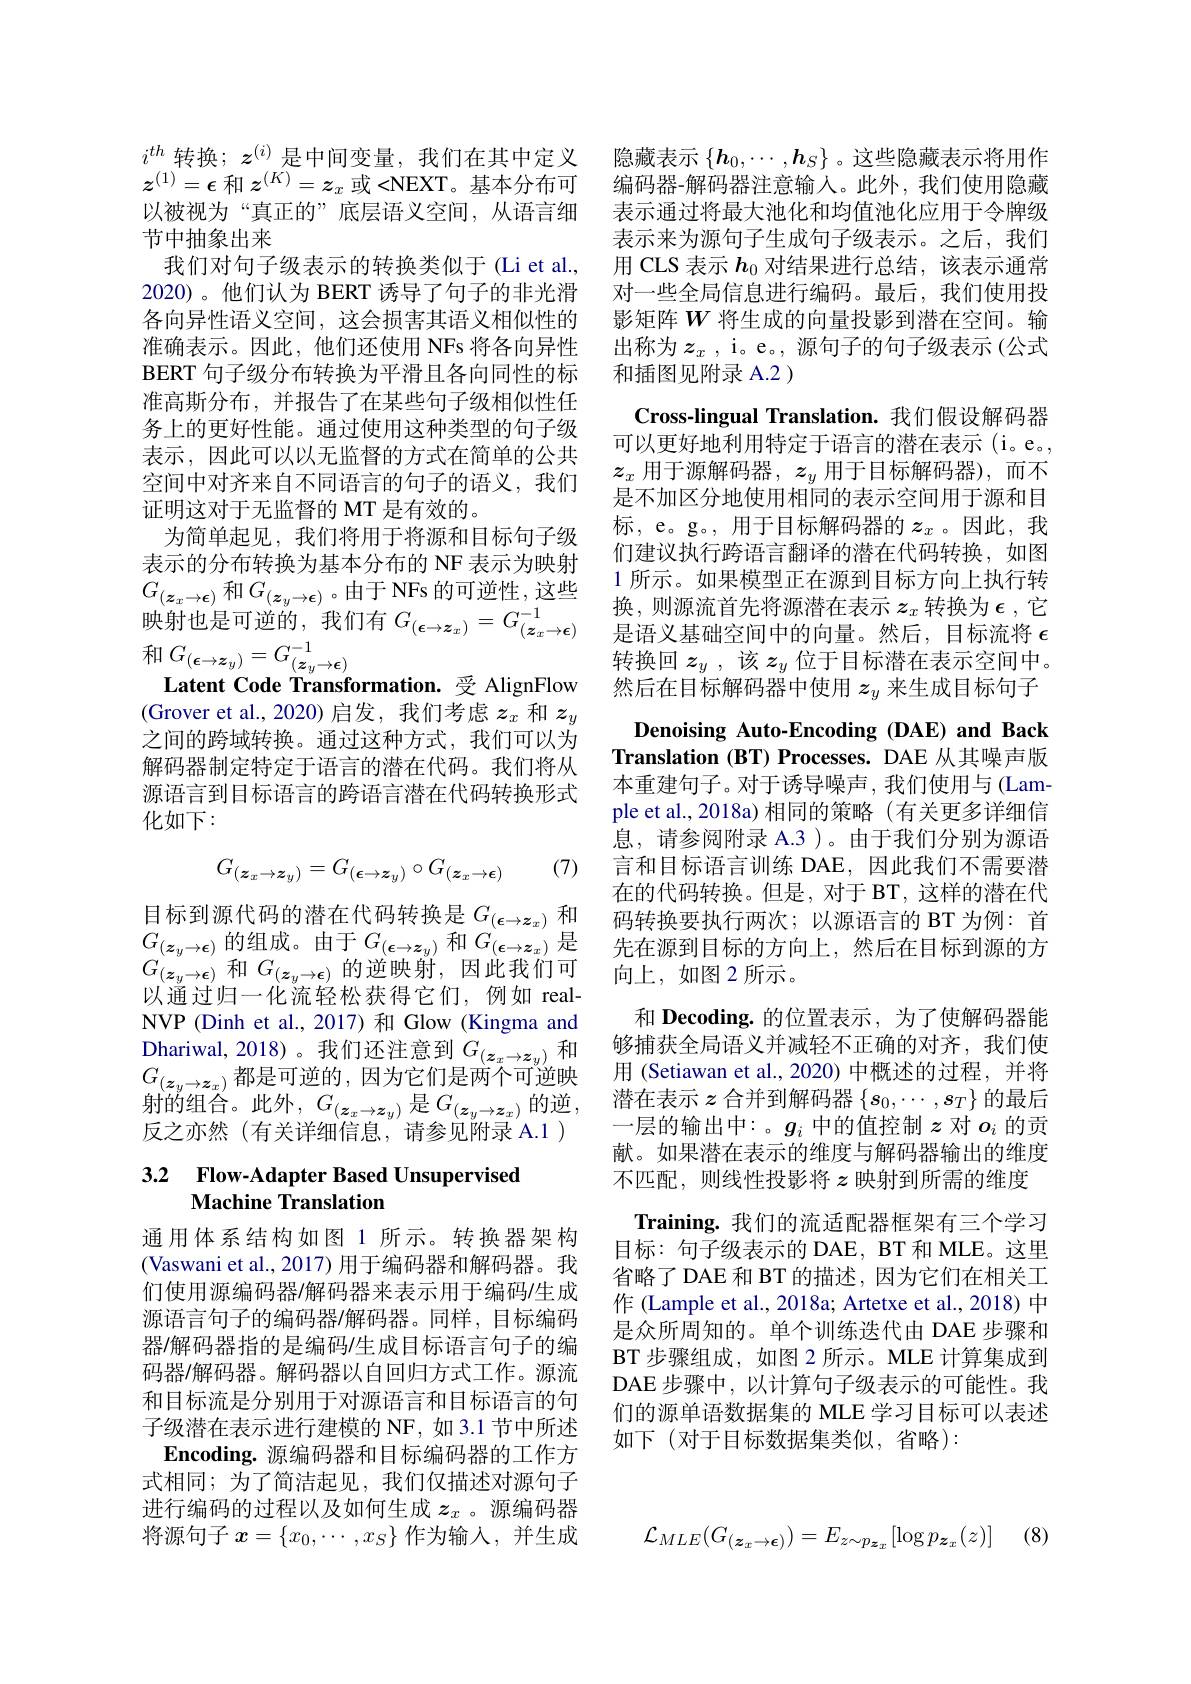
$i^{th}$转换；$z^{(i)}$是中间变量，我们在其中定义$z^{(1)}=\epsilon$和$z^(K)=z_x$或 <NEXT。基本分布可以被视为“真正的”底层语义空间，从语言细节中抽象出来
我们对句子级表示的转换类似于(Li et al., 2020)。他们认为 BERT 诱导了句子的非光滑各向异性语义空间，这会损害其语义相似性的准确表示。因此，他们还使用 NFs 将各向异性BERT 句子级分布转换为平滑且各向同性的标准高斯分布，并报告了在某些句子级相似性任务上的更好性能。通过使用这种类型的句子级表示，因此可以以无监督的方式在简单的公共空间中对齐来自不同语言的句子的语义，我们证明这对于无监督的 MT 是有效的。
为简单起见，我们将用于将源和目标句子级表示的分布转换为基本分布的 NF 表示为映射$G_{(\boldsymbol{z}_x\to\boldsymbol{\epsilon})}$和$G_(\boldsymbol{z}_y\to\boldsymbol{\epsilon})$ 。由于 NFs 的可逆性，这些
$$G_{(\boldsymbol{\epsilon}\to\boldsymbol{z}_{y})}=G_{(\boldsymbol{z}_{y}\to\boldsymbol{\epsilon})}^{-1}$$
Latent Code Transformation.受 AlignFlow (Grover et al.,2020)启发，我们考虑$z_x$和$z_y$ 之间的跨域转换。通过这种方式，我们可以为解码器制定特定于语言的潜在代码。我们将从源语言到目标语言的跨语言潜在代码转换形式化如下：

(7)
$$G_{(\boldsymbol z_x\to\boldsymbol z_y)}=G_{(\boldsymbol\epsilon\to\boldsymbol z_y)}\circ G_{(\boldsymbol z_x\to\boldsymbol\epsilon)}$$
目标到源代码的潜在代码转换是$G_(\boldsymbol{\epsilon}\to\boldsymbol{z}_x)$ 和以通过归一化流轻松获得它们，例如 realNVP (Dinh et al., 2017)和 Glow (Kingma and $\underset{G}{\operatorname*{\mathrm{Dhariwal,~2018}}}$)。我们还注意到$G_(\boldsymbol{z}_x\to\boldsymbol{z}_y)$和$G_{(\boldsymbol{z}_y\to\boldsymbol{z}_x)}$都是可逆的，因为它们是两个可逆映射的组合。此外，$G_(z_x\to\boldsymbol{z}_y)$ 是$G_(\boldsymbol{z}_y\to\boldsymbol{z}_x)$的逆， 反之亦然(有关详细信息，请参见附录 A.1 )

## 3.2 $\textbf{Flow- Adapter Based Unsupervised}$ Machine Translation

通用体系结构如图 1 所示。转换器架构(Vaswani et al., 2017) 用于编码器和解码器。我们使用源编码器/解码器来表示用于编码/生成源语言句子的编码器/解码器。同样，目标编码器/解码器指的是编码/生成目标语言句子的编码器/解码器。解码器以自回归方式工作。源流和目标流是分别用于对源语言和目标语言的句子级潜在表示进行建模的 NF, 如 3.1 节中所述Encoding. 源编码器和目标编码器的工作方
式相同；为了简洁起见，我们仅描述对源句子进行编码的过程以及如何生成$z_x$ 。源编码器将源句子$x=\{x_0,\cdots,x_S\}$作为输入，并生成

隐藏表示$\{\boldsymbol{h}_0,\cdots,\boldsymbol{h}_S\}$ 。这些隐藏表示将用作编码器-解码器注意输人。此外，我们使用隐藏表示通过将最大池化和均值池化应用于令牌级表示来为源句子生成句子级表示。之后，我们用 CLS 表示$h_{0}$对结果进行总结，该表示通常对一些全局信息进行编码。最后，我们使用投影矩阵$W$将生成的向量投影到潜在空间。输出称为$z_x$ , i。e。, 源句子的句子级表示 (公式和插图见附录 A.2 )
Cross-lingual Translation.我们假设解码器可以更好地利用特定于语言的潜在表示(i。e。, $z_x$用于源解码器，$z_y$用于目标解码器),而不是不加区分地使用相同的表示空间用于源和目标，e。g。,用于目标解码器的$z_x$。因此，我们建议执行跨语言翻译的潜在代码转换，如图1 所示。如果模型正在源到目标方向上执行转转换回$z_y$ ,该$z_y$位于目标潜在表示空间中。然后在目标解码器中使用$z_y$来生成目标句子
Denoising Auto-Encoding (DAE) and Back Translation (BT) Processes. DAE 从其噪声版本重建句子。对于诱导噪声，我们使用与(Lample et al., 2018a) 相同的策略(有关更多详细信息，请参阅附录 A.3 )。由于我们分别为源语言和目标语言训练 DAE,因此我们不需要潜在的代码转换。但是，对于 BT, 这样的潜在代码转换要执行两次；以源语言的 BT 为例：首
$\begin{array}{cc}G_{(\boldsymbol{z}_y\to\boldsymbol{\epsilon})}\text{的组成。由于 }G_{(\boldsymbol{\epsilon}\to\boldsymbol{z}_y)}\text{ 和 }G_{(\boldsymbol{\epsilon}\to\boldsymbol{z}_x)}\text{ 是}&\text{先在源到目标的方向上，然后在目标到源的方}\\G_{(\boldsymbol{z}_y\to\boldsymbol{\epsilon})}\text{ 和 }G_{(\boldsymbol{z}_y\to\boldsymbol{\epsilon})}\text{ 的逆映射，因此我们可}&\text{向上，如图 2 所示。}\end{array}$
和 Decoding. 的位置表示，为了使解码器能够捕获全局语义并减轻不正确的对齐，我们使用 (Setiawan et al.,2020) 中概述的过程，并将潜在表示$z$合并到解码器$\{s_0,\cdots,s_T\}$的最后一层的输出中：。$g_i$中的值控制$z$对$o_i$的贡献。如果潜在表示的维度与解码器输出的维度不匹配，则线性投影将$z$ 映射到所需的维度Training.我们的流适配器框架有三个学习目标：句子级表示的 DAE, BT 和 MLE。这里省略了 DAE 和 BT 的描述，因为它们在相关工作 (Lample et al., 2018a; Artetxe et al., 2018) 中是众所周知的。单个训练迭代由 DAE 步骤和$\operatorname{BT}$步骤组成，如图 2 所示。MLE 计算集成到DAE 步骤中，以计算句子级表示的可能性。我们的源单语数据集的 MLE 学习目标可以表述如下(对于目标数据集类似，省略):
$$\mathcal{L}_{MLE}(G_{(\boldsymbol{z}_{x}\to\boldsymbol{\epsilon})})=E_{z\sim p_{\boldsymbol{z}_{x}}}[\log p_{\boldsymbol{z}_{x}}(z)]$$
(8)